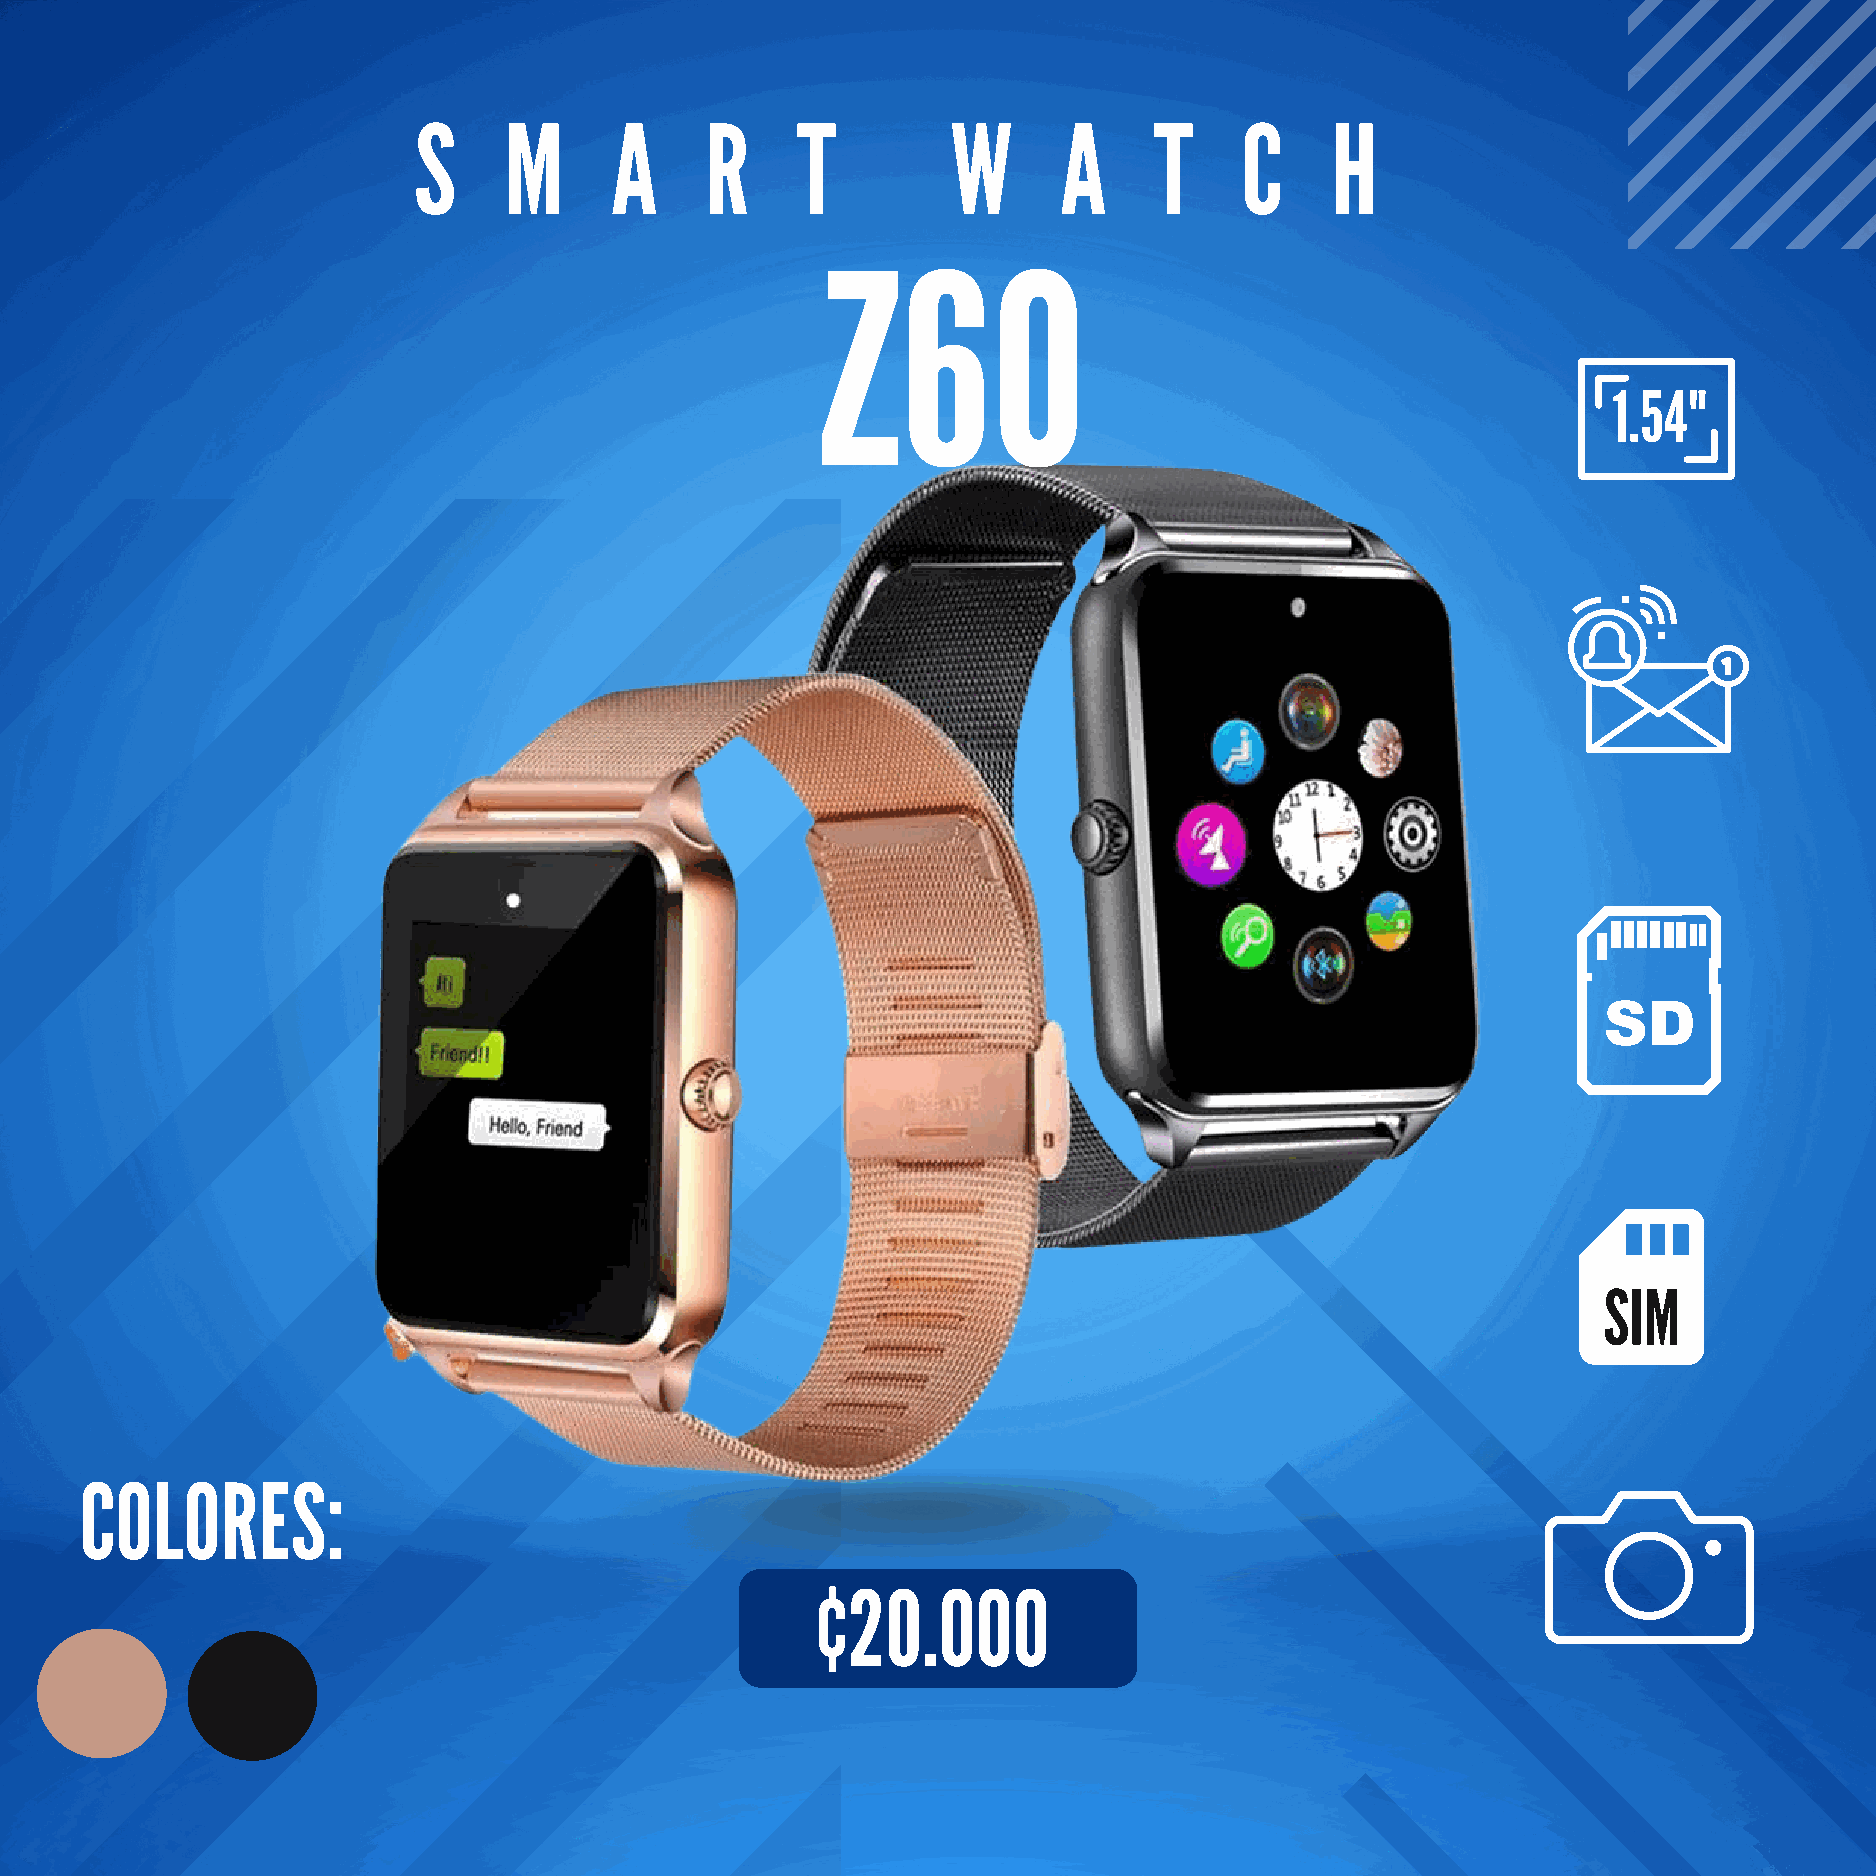
S     M      A      R     T         W      A     T     C     H
 Z60
 1.54"
 SIM
 COLORES:
 ¢20.000